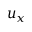
u _ { x }